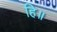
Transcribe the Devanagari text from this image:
हि॥